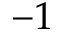
- 1